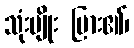
သုံးမျိုး ပြား၏၊